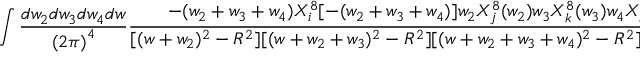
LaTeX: \int \frac { d w _ { 2 } d w _ { 3 } d w _ { 4 } d w } { { ( 2 \pi ) } ^ { 4 } } \frac { - ( w _ { 2 } + w _ { 3 } + w _ { 4 } ) X _ { i } ^ { 8 } [ - ( w _ { 2 } + w _ { 3 } + w _ { 4 } ) ] w _ { 2 } X _ { j } ^ { 8 } ( w _ { 2 } ) w _ { 3 } X _ { k } ^ { 8 } ( w _ { 3 } ) w _ { 4 } X _ { l } ^ { 8 } ( w _ { 4 } ) } { [ ( w + w _ { 2 } ) ^ { 2 } - R ^ { 2 } ] [ ( w + w _ { 2 } + w _ { 3 } ) ^ { 2 } - R ^ { 2 } ] [ ( w + w _ { 2 } + w _ { 3 } + w _ { 4 } ) ^ { 2 } - R ^ { 2 } ] [ w ^ { 2 } - R ^ { 2 } ] }